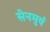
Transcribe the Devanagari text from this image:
सेनमुर्व